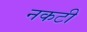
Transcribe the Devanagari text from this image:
नकटी